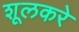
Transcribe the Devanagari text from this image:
शूलकरे